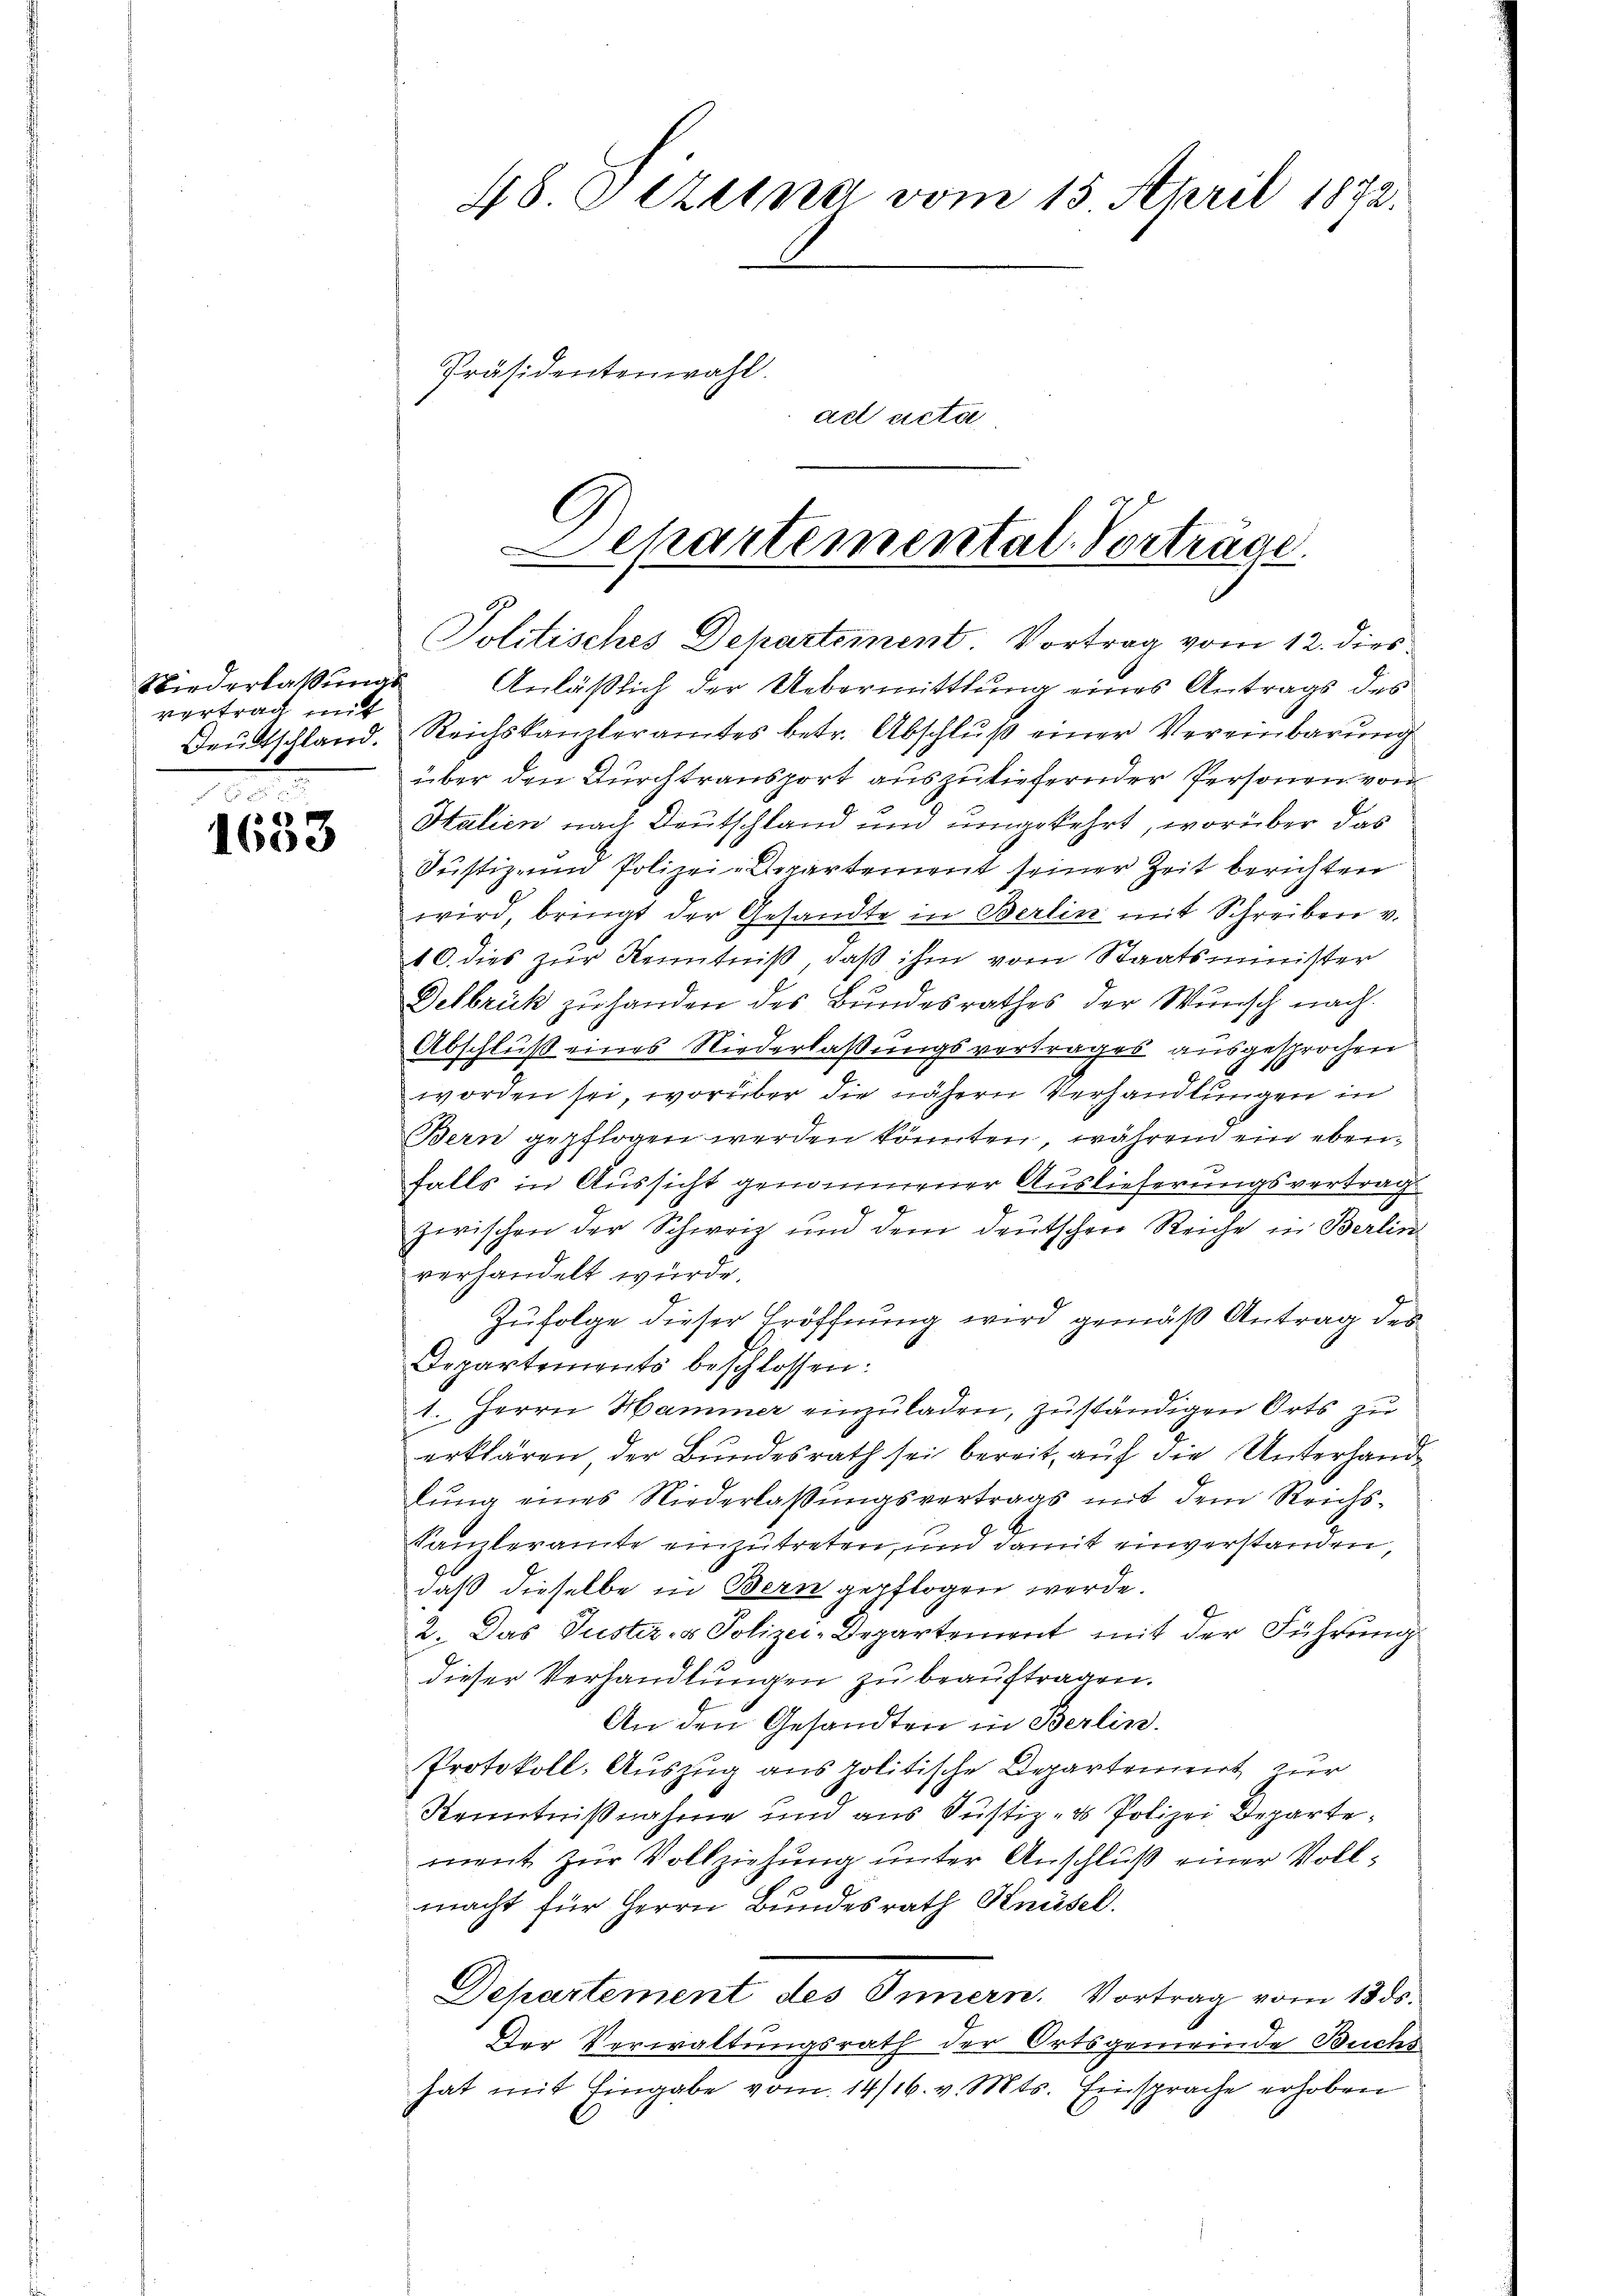
Niederlassungs
vertrag mit
Deutschland.

a
1683

48. C tzung vom 15. April 1872.
Präsidentenwahl.
ad acta

Departementat. Vortrage
Politisches Departement Vortrag vom 12. dies

Anläßlich der Uebermittlung eines Antrags des
Reichskanzleramtes betr. Abschluß einer Vereinbarung
über den Durchtransport auszuliefernder Personen von
Italien nach Deutschland und umgekehrt, worüber das
Justiz- und Polizei-Aerartement seiner Zeit berichten
wird, bringt der Gesandte in Berlin mit Schreiben v.
10. dies zur Kenntniß, daß ihm vom Staatsminister
Delbrück zu handen des Bundesrathes der Wunsch nach
Abschluß eines Niederlaßungsvertrages ausgesprochen
worden sei, worüber die nähern Verhandlungen in
Bern gepflogen werden könnten, während ein ebenfalls in Aussicht genommener Auslieferungsvertrag
zwischen der Schweiz und dem deutschen Reiche in Berlin
verhandelt wurde.
Zufolge dieser Eröffnung wird gemäß Antrag des
Departements beschlossen:
1. Herrn Hammer einzuladen, zuständigen Orts zu
erklären der Bundesrath sei bereit, auf die Unterhandlŭng eines Niederlassŭngsvertrags mit dem Reichs-
9
Kanzleramte einzutreten, und damit einverstanden,
daß dieselbe in Bern gepflogen werde.
2. Das Justiz- & Polizei-Departement mit der Führung
dieser Verhandlungen zu beauftragen.
An den Gesandten in Berlin.
Protokoll, Auszug aus politische Departement zur
Kenntnißnahme und aus Justiz- & Polizei Departement zur Vollziehung unter Anschluß einer Vollmacht für Herrn Bundesrath Knüsel.
Departement des Innern. Vortrag vom 18. ds.
Der Verwaltungsrath der Ortsgemeinde Buchs
hat mit Eingabe vom 14/16. v. Mts. Einsprache erhoben